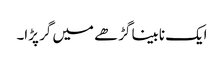
ایک نابینا گڑھے میں گر پڑا۔